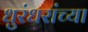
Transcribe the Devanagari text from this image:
धुरंधरांच्या